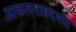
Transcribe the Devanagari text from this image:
आकलनासंदर्भात